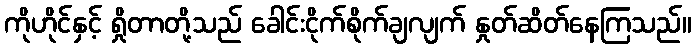
ကိုဟိုင်နှင့် ရှိုတာတို့သည် ခေါင်းငိုက်စိုက်ချလျက် နှုတ်ဆိတ်နေကြသည်။